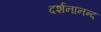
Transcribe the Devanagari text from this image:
दर्शनानन्‍द